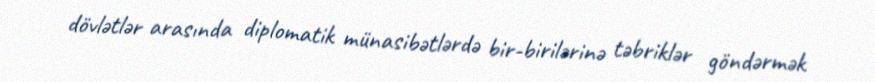
dövlətlər arasında diplomatik münasibətlərdə bir-birilərinə təbriklər göndərmək